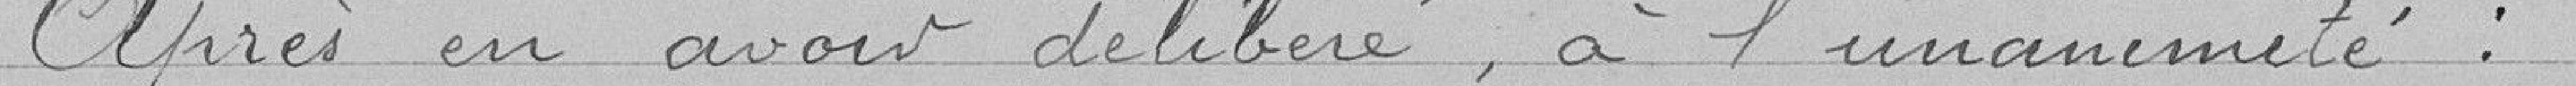
Après en avoir délibéré, à l'unanimité :